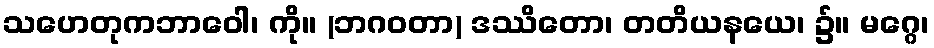
သဟေတုကဘာဝေါ၊ ကို။ (ဘဂဝတာ) ဒဿိတော၊ တတိယနယေ၊ ၌။ မဂ္ဂေ၊